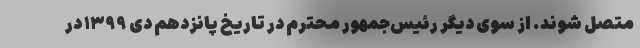
متصل شوند. از سوی دیگر رئیس‌جمهور محترم در تاریخ پانزدهم دی ۱۳۹۹ در